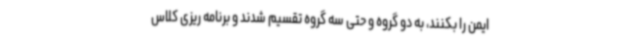
ایمن را بکنند، به دو گروه و حتی سه گروه تقسیم شدند و برنامه ریزی کلاس